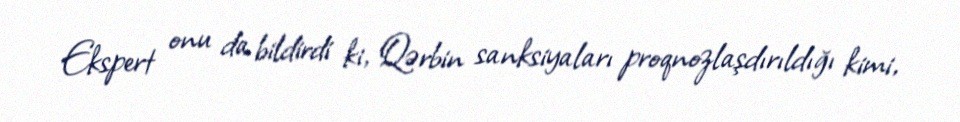
Ekspert onu da bildirdi ki, Qərbin sanksiyaları proqnozlaşdırıldığı kimi,